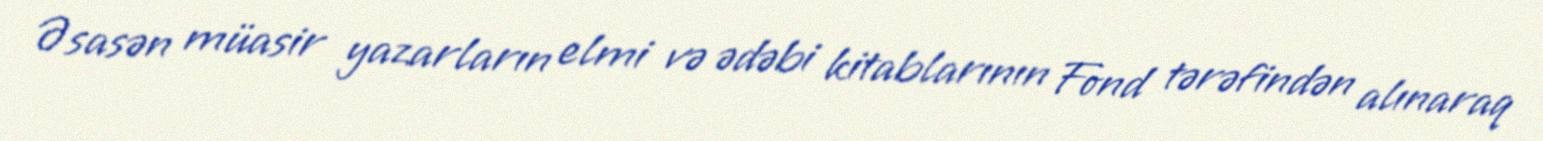
Əsasən müasir yazarların elmi və ədəbi kitablarının Fond tərəfindən alınaraq